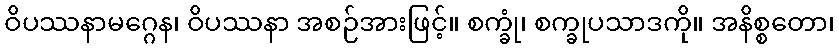
ဝိပဿနာမဂ္ဂေန၊ ဝိပဿနာ အစဉ်အားဖြင့်။ စက္ခုံ၊ စက္ခုပသာဒကို။ အနိစ္စတော၊